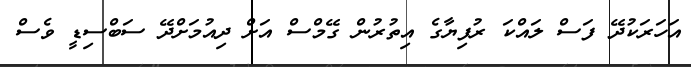
އަހަރަކުދޭ ފަސް ލައްކަ ރުފިޔާގެ އިތުރުން ގޭމްސް އަށް ދިއުމަށްދޭ ސަބްސިޑީ ވެސް